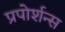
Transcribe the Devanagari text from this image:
प्रपोर्शन्स